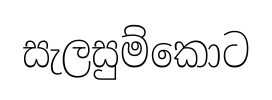
සැලසුම්කොට